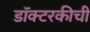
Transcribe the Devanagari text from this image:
डॉक्टरकीची